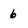
Character: 6